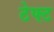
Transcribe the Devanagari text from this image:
ठेफ्ट